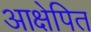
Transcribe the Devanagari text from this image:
आक्षेपित